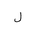
Letter: _lam